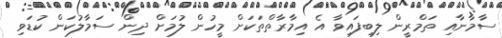
ސާމާނާއި ތަމްރީން ލިބިފައިވާ އެ އިމާރާތްތަކަށް މީހުން ލުމަށް ދިން ސަމާލުކަން ކުޑަވި